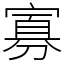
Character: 寡